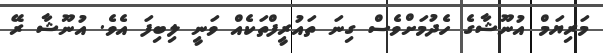
މަރިޔަމް އުނޫޝާގެ ހެދުމަށްވެސް ގިނަ ތައުރީފްތަކެއް ވަނީ ލިބިފަ އެވެ. އުނޫޝާ ރޭ